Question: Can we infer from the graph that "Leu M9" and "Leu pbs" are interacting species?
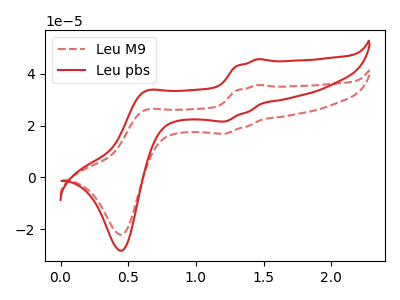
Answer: <think>The red dashed curve "Leu M9" has anodic peaks at (1.45V, 35.65uA) (0.60V, 25.85uA) and cathodic peaks at (1.20V, 16.85uA) (0.45V, -22.10uA). The red curve "Leu pbs" has anodic peaks at (1.45V, 45.60uA) (0.60V, 33.10uA) and cathodic peaks at (1.20V, 21.55uA) (0.45V, -28.30uA).
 All the peaks in "Leu M9" have a peak in "Leu pbs" at the same potential.</think>
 <answer>No, "Leu M9" and "Leu pbs" don't appear to be significantly different in shape</answer>
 <eval>no_change</eval>